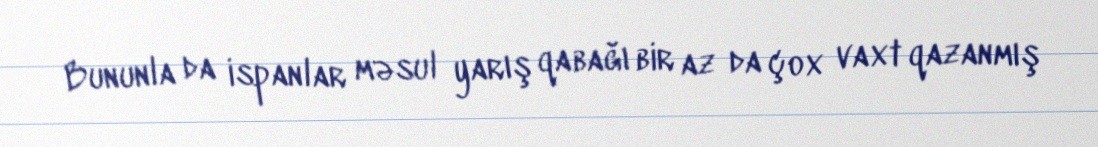
Bununla da ispanlar məsul yarış qabağı bir az da çox vaxt qazanmış